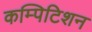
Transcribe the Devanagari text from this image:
कम्पिटिशन